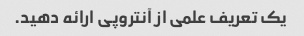
یک تعریف علمی از آنتروپی ارائه دهید.